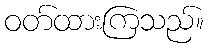
ဝတ်ထားကြသည်။